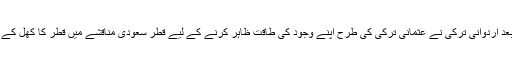
اس کے بعد اردوانی ترکی نے عثمانی ترکی کی طرح اپنے وجود کی طاقت ظاہر کرنے کے لیے قطر سعودی مناقشے میں قطر کا کھل کے ساتھ دیا۔